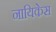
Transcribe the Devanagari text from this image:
नायिकेस